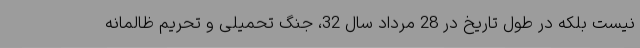
نیست بلکه در طول تاریخ در 28 مرداد سال 32، جنگ تحمیلی و تحریم ظالمانه